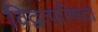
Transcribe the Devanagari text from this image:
विद्वत्परिषदा